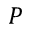
P